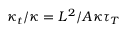
\kappa _ { t } / \kappa = L ^ { 2 } / A \kappa \tau _ { T }